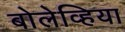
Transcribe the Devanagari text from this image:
बोलेव्हिया